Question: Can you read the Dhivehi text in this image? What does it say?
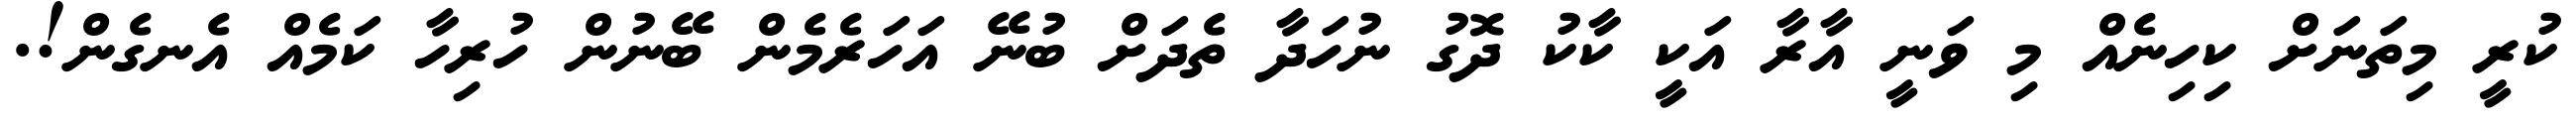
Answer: ކުރީ މިތަނަށް ކިހިނެއް މި ވަނީ އާރާ އަކީ ކާކު ދޮގު ނުހަދާ ތެދަށް ބުނޭ އަހަރެމެން ބޭނުން ހުރިހާ ކަމެއް އެނގެން!.